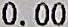
0.00